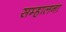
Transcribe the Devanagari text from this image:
सम्हालना